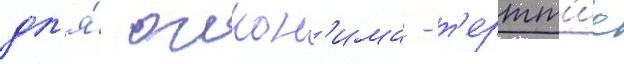
дл'я́ оикон'има - т'ертт'ие